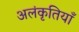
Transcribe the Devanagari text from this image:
अलंकृतियाँ